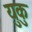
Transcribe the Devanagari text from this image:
युकु